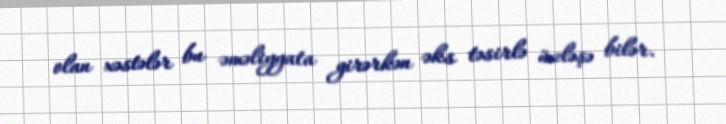
olan xəstələr bu əməliyyata girərkən əks təsirlə üzləşə bilər.